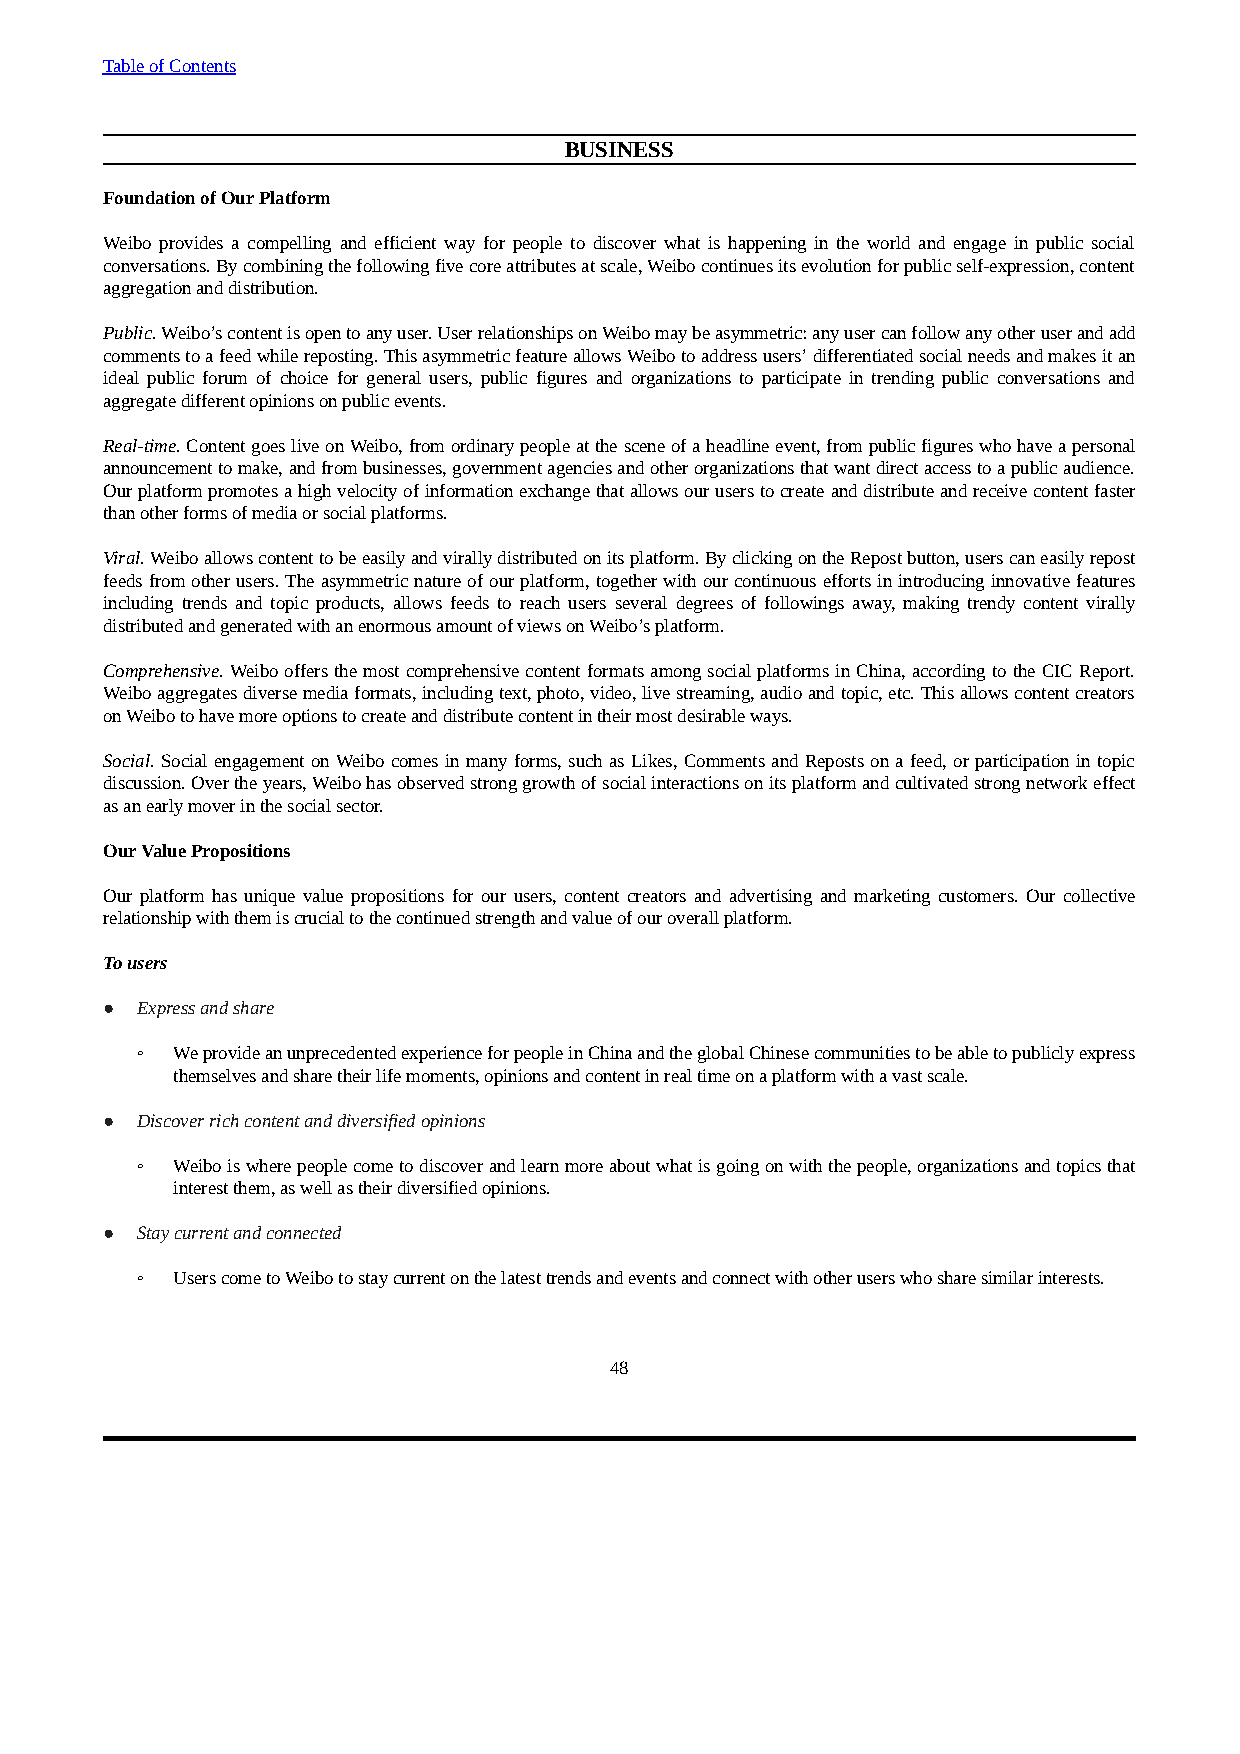
Table of Contents
 BUSINESS
 Foundation of Our Platform
 Weibo provides a compelling and efficient way for people to discover what is happening in the world and engage in public social
 conversations. By combining the following five core attributes at scale, Weibo continues its evolution for public self-expression, content
 aggregation and distribution.
 Public. Weibo’s content is open to any user. User relationships on Weibo may be asymmetric: any user can follow any other user and add
 comments to a feed while reposting. This asymmetric feature allows Weibo to address users’ differentiated social needs and makes it an
 ideal public forum of choice for general users, public figures and organizations to participate in trending public conversations and
 aggregate different opinions on public events.
 Real-time. Content goes live on Weibo, from ordinary people at the scene of a headline event, from public figures who have a personal
 announcement to make, and from businesses, government agencies and other organizations that want direct access to a public audience.
 Our platform promotes a high velocity of information exchange that allows our users to create and distribute and receive content faster
 than other forms of media or social platforms.
 Viral. Weibo allows content to be easily and virally distributed on its platform. By clicking on the Repost button, users can easily repost
 feeds from other users. The asymmetric nature of our platform, together with our continuous efforts in introducing innovative features
 including trends and topic products, allows feeds to reach users several degrees of followings away, making trendy content virally
 distributed and generated with an enormous amount of views on Weibo’s platform.
 Comprehensive. Weibo offers the most comprehensive content formats among social platforms in China, according to the CIC Report.
 Weibo aggregates diverse media formats, including text, photo, video, live streaming, audio and topic, etc. This allows content creators
 on Weibo to have more options to create and distribute content in their most desirable ways.
 Social. Social engagement on Weibo comes in many forms, such as Likes, Comments and Reposts on a feed, or participation in topic
 discussion. Over the years, Weibo has observed strong growth of social interactions on its platform and cultivated strong network effect
 as an early mover in the social sector.
 Our Value Propositions
 Our platform has unique value propositions for our users, content creators and advertising and marketing customers. Our collective
 relationship with them is crucial to the continued strength and value of our overall platform.
 To users
 ● Express and share
 ◦ We provide an unprecedented experience for people in China and the global Chinese communities to be able to publicly express
 themselves and share their life moments, opinions and content in real time on a platform with a vast scale.
 ● Discover rich content and diversified opinions
 ◦ Weibo is where people come to discover and learn more about what is going on with the people, organizations and topics that
 interest them, as well as their diversified opinions.
 ● Stay current and connected
 ◦ Users come to Weibo to stay current on the latest trends and events and connect with other users who share similar interests.
 48